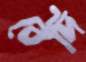
বেদি